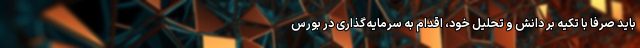
باید صرفا با تکیه بر دانش و تحلیل خود، اقدام به سرمایه‌گذاری در بورس